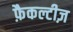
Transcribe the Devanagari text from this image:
फ़ैकल्टीज़